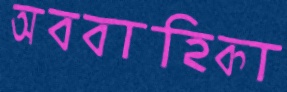
অববাহিকা